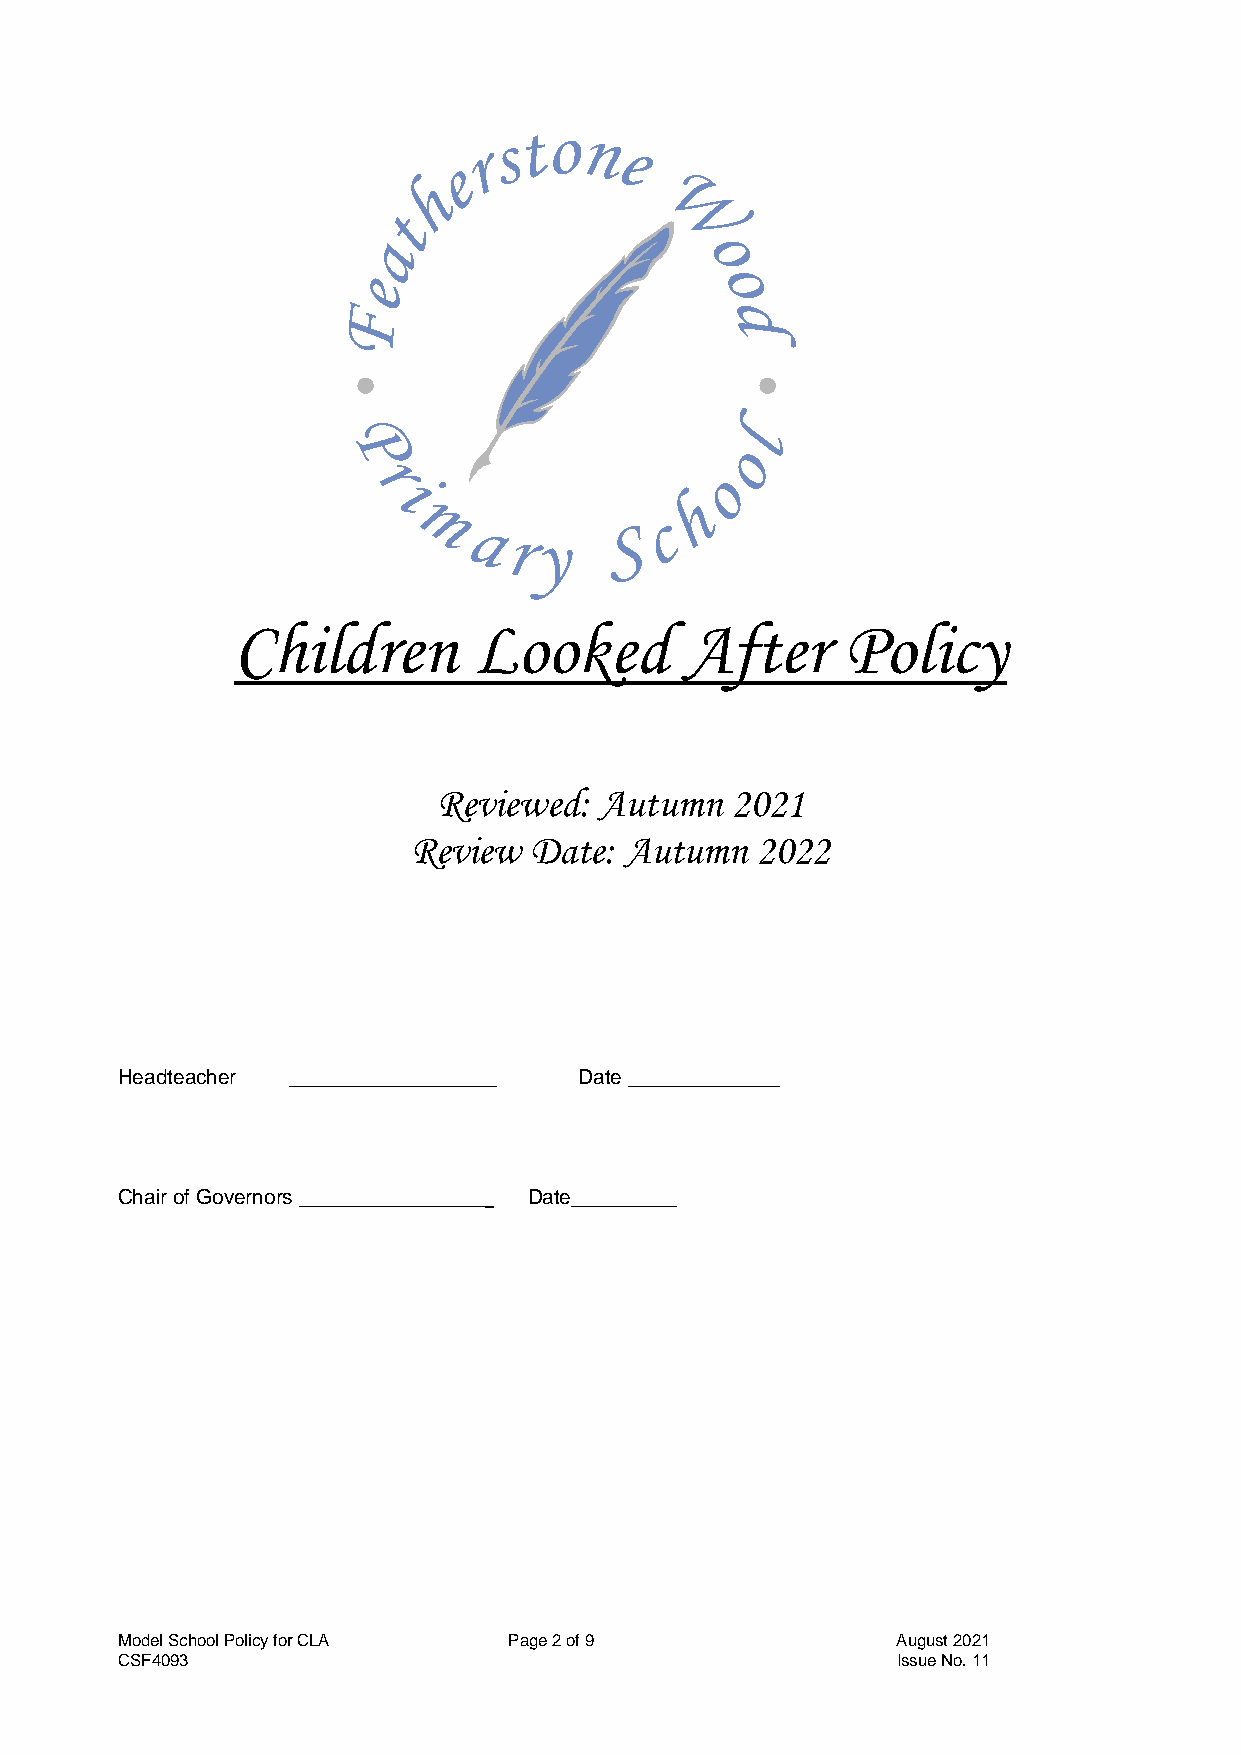
Children        Looked        After      Policy
 Reviewed:  Autumn  2021
 Review  Date: Autumn   2022
 Headteacher __________________ Date _____________
 Chair of Governors ________________ Date_________
 Model School Policy for CLA Page 2 of 9            August 2021
 CSF4093                                            Issue No. 11